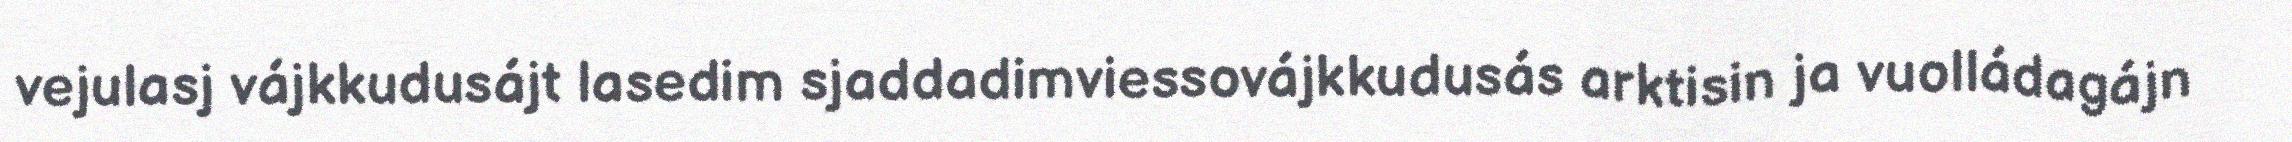
vejulasj vájkkudusájt lasedim sjaddadimviessovájkkudusás arktisin ja vuolládagájn